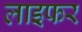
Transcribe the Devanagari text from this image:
लाइफर